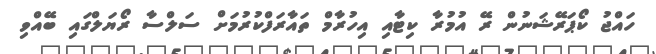
ހައްޖު ކޯޕަރޭޝަނުން ރޭ އުމުރާ ކިޓާއި އިހުރާމް ތައާރަފްކުރުމަށް ސަލްސާ ރޯޔަލްގައި ބޭއްވި